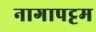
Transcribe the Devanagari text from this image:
नागापट्टम